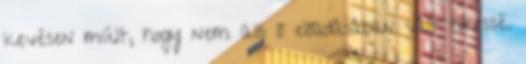
kevésen múlt, hogy nem az ő előadásában vált híressé.